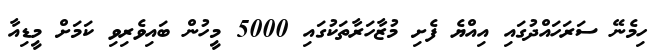
ހިމެނޭ ސަރަހަައްދުގައި އިއްޔެ ފެށި މުޒާހަރާތަކުގައި 5000 މީހުން ބައިވެރިވި ކަމަށް މީޑިއާ